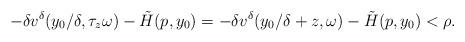
LaTeX: \begin{align*} -\delta v^\delta(y_0/\delta,\tau_z\omega)-\tilde{H}(p,y_0)=-\delta v^\delta(y_0/\delta+z,\omega)-\tilde{H}(p,y_0)<\rho.\end{align*}